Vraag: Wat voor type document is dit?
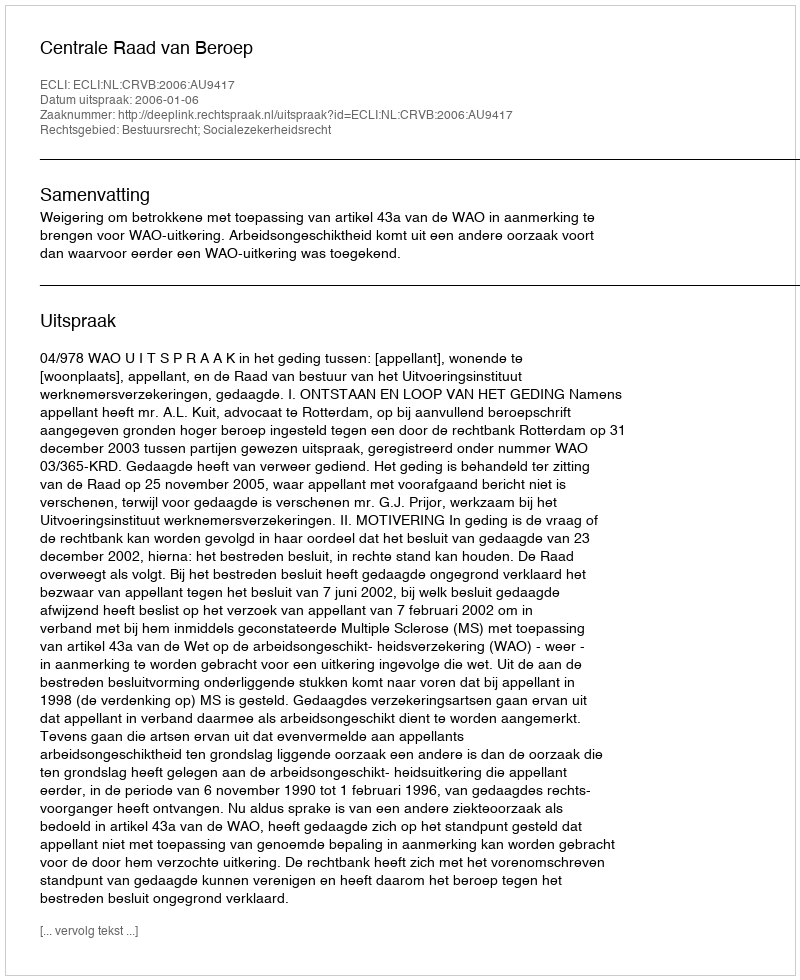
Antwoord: Uitspraak